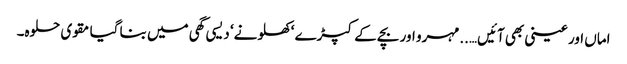
اماں اور عینی بھی آئیں…..مہرو اور بچے کے کپڑے ‘ کھلونے‘ دیسی گھی میں بنا گیا مقوی حلوہ۔